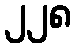
၂၂၈